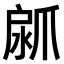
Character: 𤔚